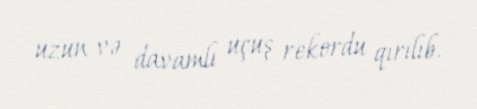
uzun və davamlı uçuş rekordu qırılıb.